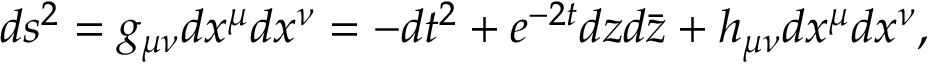
d s ^ { 2 } = g _ { \mu \nu } d x ^ { \mu } d x ^ { \nu } = - d t ^ { 2 } + e ^ { - 2 t } d z d \bar { z } + h _ { \mu \nu } d x ^ { \mu } d x ^ { \nu } ,